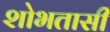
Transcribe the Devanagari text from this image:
शोभतासी